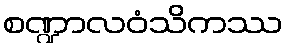
စဏ္ဍာလဝံသိကဿ